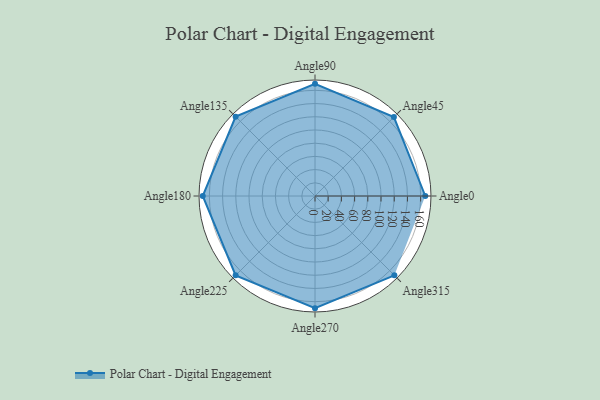
{"axis": {"x": "Angle", "y": "Radius"}, "legend": [""], "data": [{"x": "Angle0", "y": 167.0, "type": ""}, {"x": "Angle45", "y": 169.0, "type": ""}, {"x": "Angle90", "y": 170, "type": ""}, {"x": "Angle135", "y": 170, "type": ""}, {"x": "Angle180", "y": 170, "type": ""}, {"x": "Angle225", "y": 170, "type": ""}, {"x": "Angle270", "y": 170, "type": ""}, {"x": "Angle315", "y": 170, "type": ""}]}